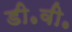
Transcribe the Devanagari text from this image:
डी॰वी॰